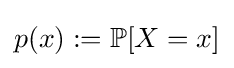
p(x):=\mathbb {P} [X=x]